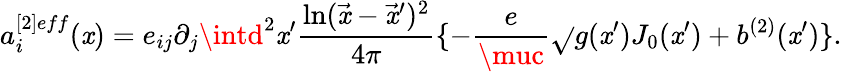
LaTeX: a_{i}^{[2]eff}(\mathit{x})=e_{ij}\partial_{j}\intd^{2}\mathit{x}^{\prime}{\frac{{\ln(\vec{{\mathit{x}}}-\vec{{\mathit{x}}}^{\prime})^{2}}}{{4\pi}}}\{ -{\frac{{e}}{{\muc}}}\sqrt{}{{g(\mathit{x}^{\prime})}}J_{0}(\mathit{x}^{\prime})+b^{(2)}(\mathit{x}^{\prime})\} .